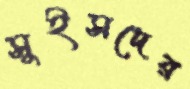
সুইসদের